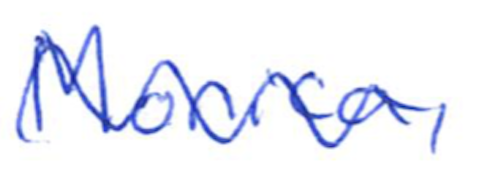
Text: Monica,
Cross-out: wave
Writing tool: ballpoint